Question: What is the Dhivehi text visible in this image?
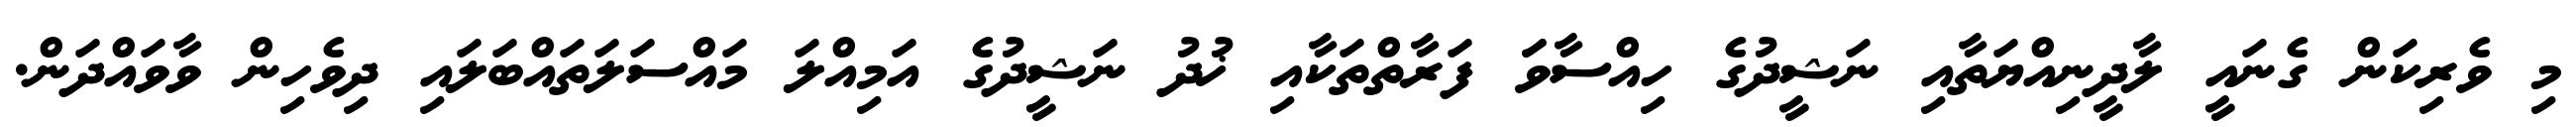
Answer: މި ވެރިކަން ގެނައީ ލާދީނިއްޔަތާއި ނަޝީދުގެ ހިއްސާވަަ ފަރާތްތަކާއި ޚުދު ނަޝީދުގެ އަމިއްލަ މައްސަލަތައްބަލައި ދިވެހިން ވާވައްދަން.